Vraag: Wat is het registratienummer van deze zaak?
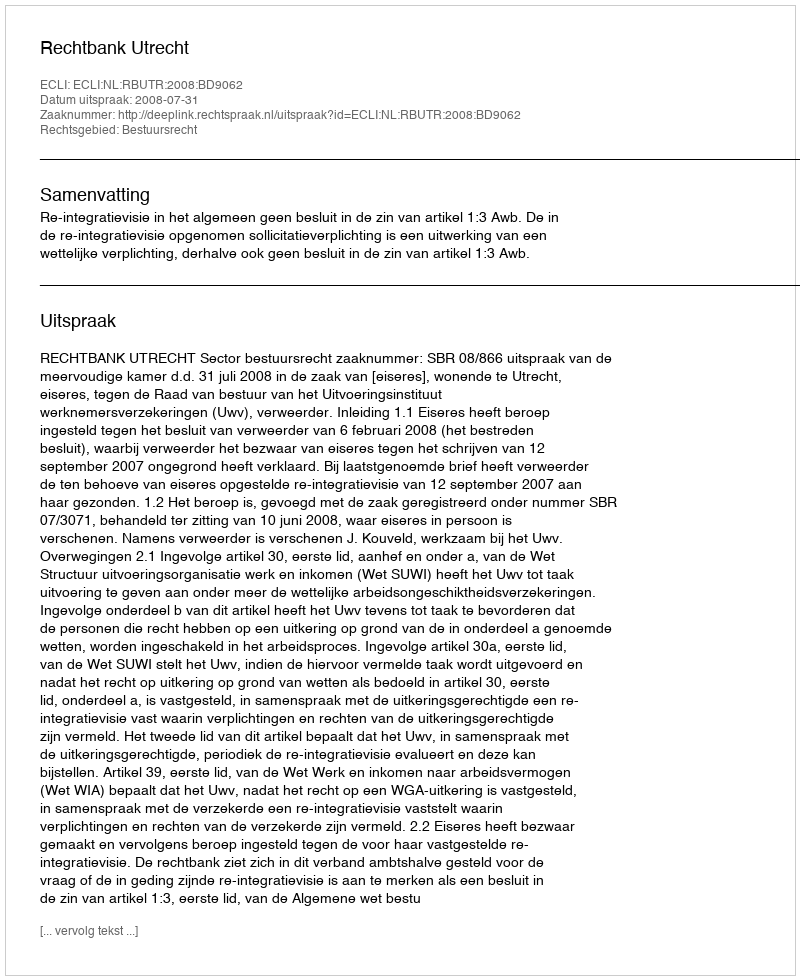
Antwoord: http://deeplink.rechtspraak.nl/uitspraak?id=ECLI:NL:RBUTR:2008:BD9062